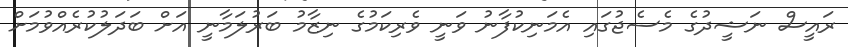
ރައީސް ނަޝީދުގެ މެސެޖުގައި އެމަނިކުފާނު ވަނީ ވެރިކަމުގެ ނިޒާމު ބަރުލަމާނީ އަށް ބަދަލުކުރެއްވުމަށް